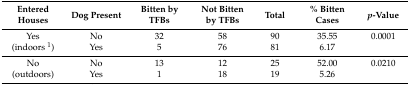
<table><thead><tr><td><b>Entered Houses</b></td><td><b>Dog Present</b></td><td><b>Bitten by TFBs</b></td><td><b>Not Bitten by TFBs</b></td><td><b>Total</b></td><td><b>% Bitten Cases</b></td><td><b><i>p</i>-Value</b></td></tr></thead><tbody><tr><td>Yes</td><td>No</td><td>32</td><td>58</td><td>90</td><td>35.55</td><td>0.0001</td></tr><tr><td>(indoors <sup>1</sup>)</td><td>Yes</td><td>5</td><td>76</td><td>81</td><td>6.17</td><td>[EMPTY_CELL]</td></tr><tr><td>No</td><td>No</td><td>13</td><td>12</td><td>25</td><td>52.00</td><td>0.0210</td></tr><tr><td>(outdoors)</td><td>Yes</td><td>1</td><td>18</td><td>19</td><td>5.26</td><td>[EMPTY_CELL]</td></tr></tbody></table>